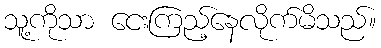
သူ့ကိုသာ ငေးကြည့်နေလိုက်မိသည်။